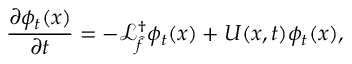
\frac { \partial \phi _ { t } ( x ) } { \partial t } = - \mathcal { L } _ { \hat { f } } ^ { \dagger } \phi _ { t } ( x ) + U ( x , t ) \phi _ { t } ( x ) ,